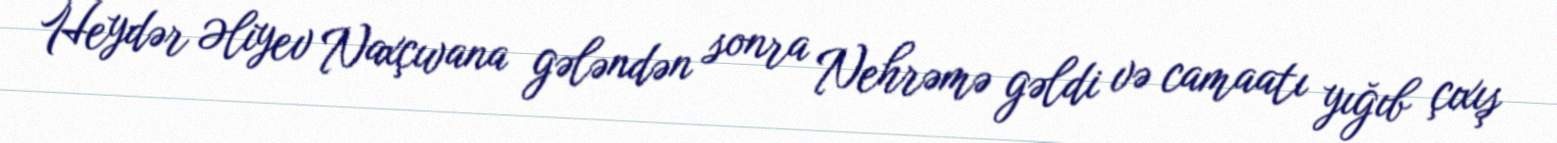
Heydər Əliyev Naxçıvana gələndən sonra Nehrəmə gəldi və camaatı yığıb çıxış